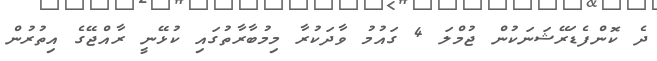
ދެ ކޮންފެޑަރޭޝަނަކުން ޖުމްލަ 4 ގައުމު ވާދަކުރާ މިމުބާރާތުގައި ކުޅޭނީ ރާއްޖޭގެ އިތުރުން